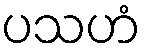
ပသဟံ